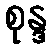
စုန္ဒ